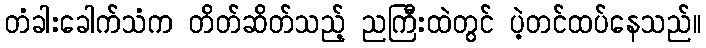
တံခါးခေါက်သံက တိတ်ဆိတ်သည့် ညကြီးထဲတွင် ပဲ့တင်ထပ်နေသည်။